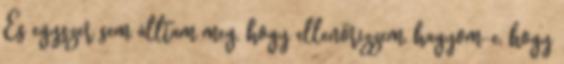
És egyszer sem álltam meg, hogy ellenőrizzem, hagyom-e, hogy